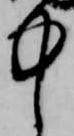
中